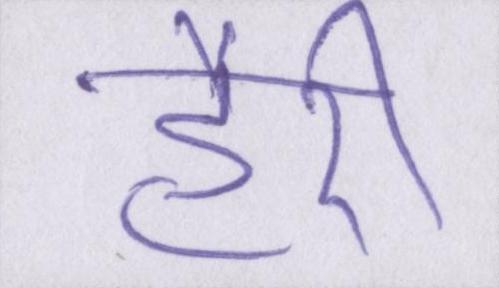
हैरी